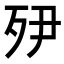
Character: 𭮅